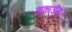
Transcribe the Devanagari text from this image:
अकाउन्टिंग